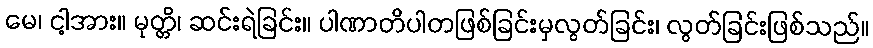
မေ၊ ငါ့အား။ မုတ္တိ၊ ဆင်းရဲခြင်း။ ပါဏာတိပါတဖြစ်ခြင်းမှလွတ်ခြင်း၊ လွတ်ခြင်းဖြစ်သည်။